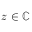
z \in \mathbb { C }